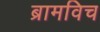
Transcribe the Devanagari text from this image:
ब्रामविच